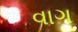
વાગ